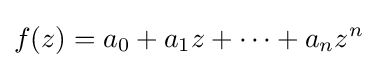
f(z)=a_{0}+a_{1}z+\cdots +a_{n}z^{n}